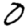
Digit: 0